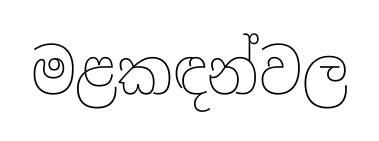
මළකඳන්වල